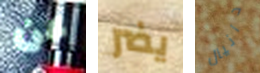
عن يضر دانيال